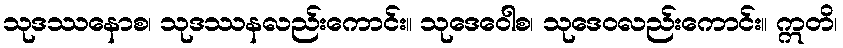
သုဒဿနောစ၊ သုဒဿနလည်းကောင်း။ သုဒေဝေါစ၊ သုဒေဝလည်းကောင်း။ ဣတိ၊